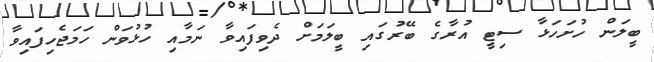
ބީލަން ހުށަހަޅާ ސިޓީ އުރާގެ ބޭރުގައި ބީލަމަށް ދެވިފައިވާ ނަމާއި ހުޅުވަން ހަމަޖެހިފައިވާ